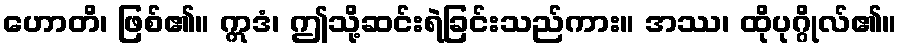
ဟောတိ၊ ဖြစ်၏။ ဣဒံ၊ ဤသို့ဆင်းရဲခြင်းသည်ကား။ အဿ၊ ထိုပုဂ္ဂိုလ်၏။